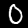
Label: 0